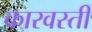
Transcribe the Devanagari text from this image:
कारवस्ती